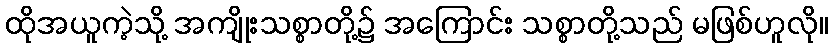
ထိုအယူကဲ့သို့ အကျိုးသစ္စာတို့၌ အကြောင်း သစ္စာတို့သည် မဖြစ်ဟူလို။